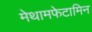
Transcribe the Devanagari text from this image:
मेथामफेटामिन